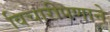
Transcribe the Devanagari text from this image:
विचारीपणाने